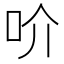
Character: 吤